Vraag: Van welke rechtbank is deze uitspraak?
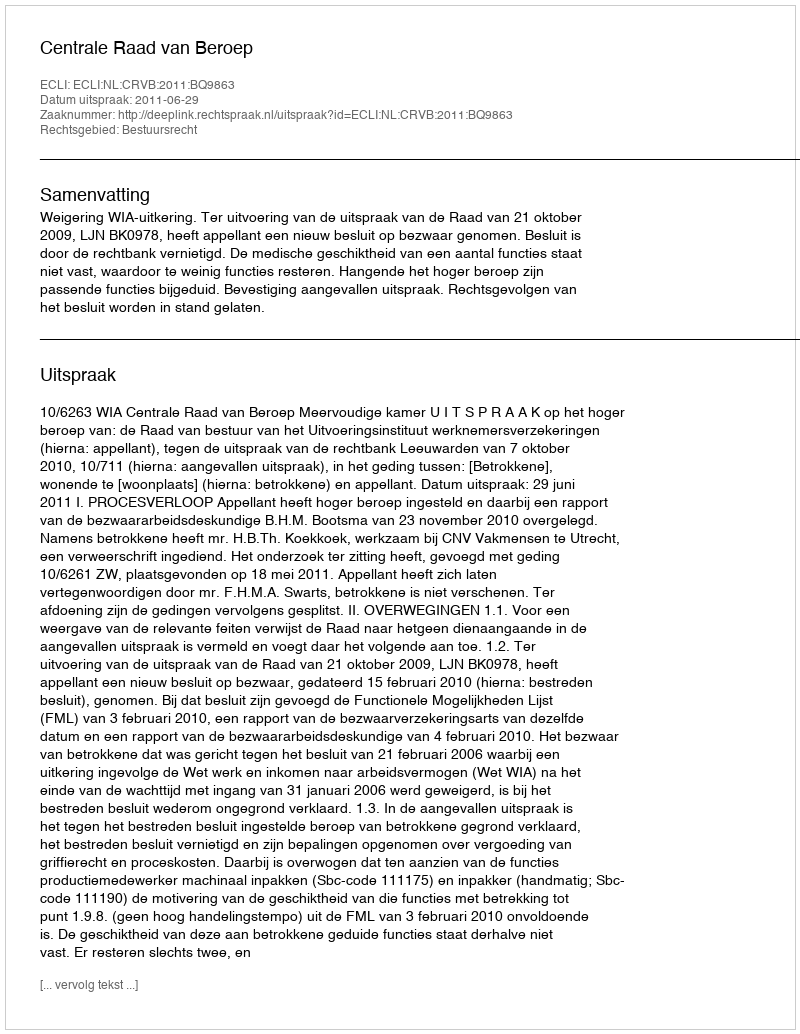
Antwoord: Centrale Raad van Beroep